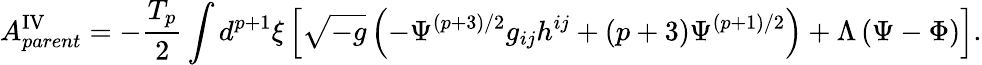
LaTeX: A_{parent}^{\mathrm{IV}}=-\frac{T_{p}}{2}\int d^{p+1}{\xi}\left[\sqrt{-g}\left(-{\Psi}^{(p+3)/2}g_{ij}h^{ij}+(p+3){\Psi}^{(p+1)/2}\right)+{\Lambda}\left({\Psi}-{\Phi}\right)\right].